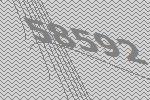
58592